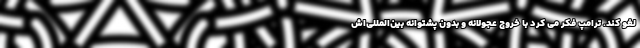
لغو کند. ترامپ فکر می کرد با خروج عجولانه و بدون پشتوانه بین‌المللی‌اش